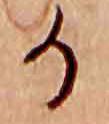
か